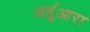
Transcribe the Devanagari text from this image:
अर्हुआरा